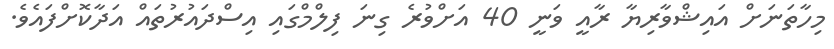
މިހާތަނަށް އައިޝްވާރިޔާ ރާއީ ވަނީ 40 އަށްވުރެ ގިނަ ފިލްމްގައި އިސްދައުރުތައް އަދާކޮށްފައެވެ.